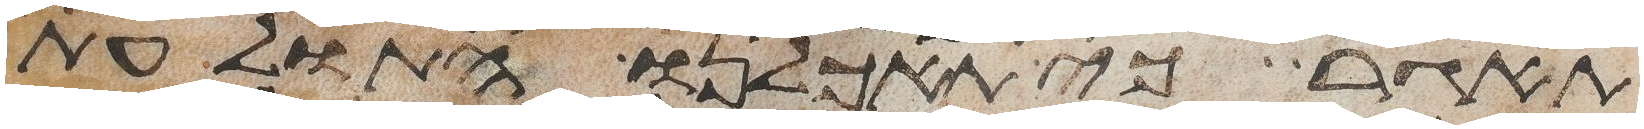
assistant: תאגר כי תאכלנו התולעת